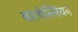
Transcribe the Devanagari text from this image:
बारबेल्लियन